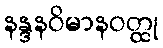
နန္ဒနဝိမာနဝတ္ထု